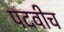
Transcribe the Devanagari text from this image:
पदवीच